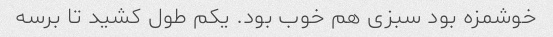
خوشمزه بود سبزی هم خوب بود. یکم طول کشید تا برسه